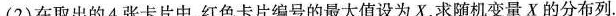
(2)在取出的4张卡片中，红色卡片编号的最大值设为X，求随机变量X的分布列。